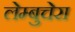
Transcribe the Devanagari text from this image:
लेम्बुचेरा